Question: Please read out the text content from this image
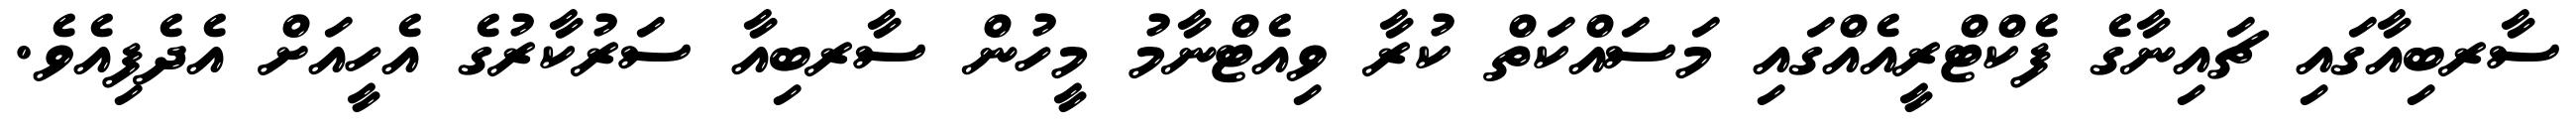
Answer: ސާރބިއާގައި ޗައިނާގެ ފެކްޓްރީއެއްގައި މަސައްކަތް ކުރާ ވިއެޓްނާމު މީހުން ސާރބިއާ ސަރުކާރުގެ އެހީއަށް އެދެފިއެވެ.